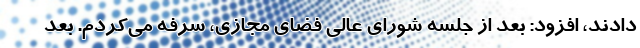
دادند، افزود: بعد از جلسه شورای عالی فضای مجازی، سرفه می‌کردم. بعد